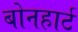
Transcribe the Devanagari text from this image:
बोनहार्ट